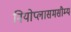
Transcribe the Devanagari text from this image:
नियोप्लासमसौम्य